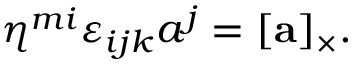
\eta ^ { m i } \varepsilon _ { i j k } a ^ { j } = [ \mathbf { a } ] _ { \times } .